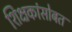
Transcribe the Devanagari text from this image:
शिक्षकांसोबत